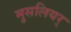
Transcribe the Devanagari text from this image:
मुसलियर्